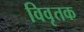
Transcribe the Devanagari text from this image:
विवृतक